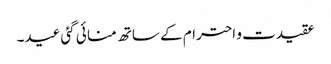
عقیدت و احترام کے ساتھ منا ئی گئی عید۔